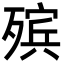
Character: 殡